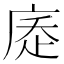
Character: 𢉇